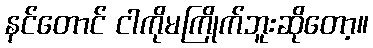
နင်တောင် ငါကိုမကြိုက်ဘူးဆိုတော့။